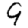
Digit: 9